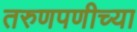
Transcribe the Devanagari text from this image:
तरुणपणीच्या